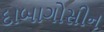
દાબાગોસીન